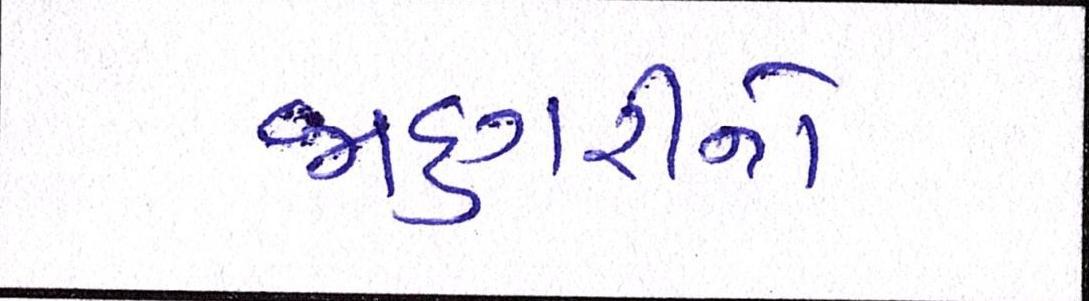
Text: જાદુગરીનો